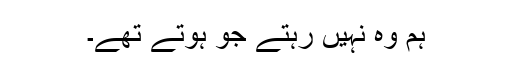
ہم وہ نہیں رہتے جو ہوتے تھے۔